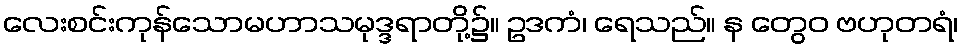
လေးစင်းကုန်သောမဟာသမုဒ္ဒရာတို့၌။ ဥဒကံ၊ ရေသည်။ န တွေဝ ဗဟုတရံ၊